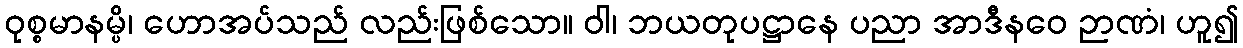
ဝုစ္စမာနမ္ပိ၊ ဟောအပ်သည် လည်းဖြစ်သော။ ဝါ၊ ဘယတုပဋ္ဌာနေ ပညာ အာဒီနဝေ ဉာဏံ၊ ဟူ၍